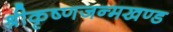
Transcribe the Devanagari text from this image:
श्रीकृष्णजन्मखण्ड